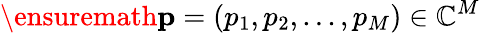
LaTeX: \ensuremath{\mathbf{p}}=(p_{1},p_{2},...,p_{M})\in\mathbb{C}^{M}